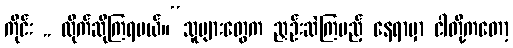
ကိုင်း .. လိုက်ဆိုကြရမယ်။“သူများတွေက ညှဉ်းဆဲကြမည့် နေရာမှာ ငါတို့ကတော့